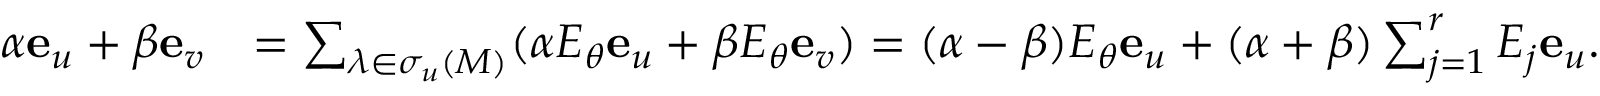
\begin{array} { r l } { \alpha \mathbf e _ { u } + \beta \mathbf e _ { v } } & { = \sum _ { \lambda \in \sigma _ { u } ( M ) } ( \alpha E _ { \theta } \mathbf e _ { u } + \beta E _ { \theta } \mathbf e _ { v } ) = ( \alpha - \beta ) E _ { \theta } \mathbf e _ { u } + ( \alpha + \beta ) \sum _ { j = 1 } ^ { r } E _ { j } \mathbf e _ { u } . } \end{array}